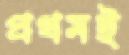
প্রথমই